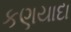
કણયાદા